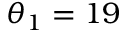
\theta _ { 1 } = 1 9